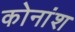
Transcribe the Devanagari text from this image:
कोनांश